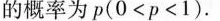
的概率为p(0<p<1)。